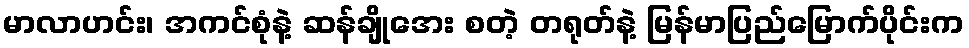
မာလာဟင်း၊ အကင်စုံနဲ့ ဆန်ချိုအေး စတဲ့ တရုတ်နဲ့ မြန်မာပြည်မြောက်ပိုင်းက